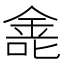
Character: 𫒐